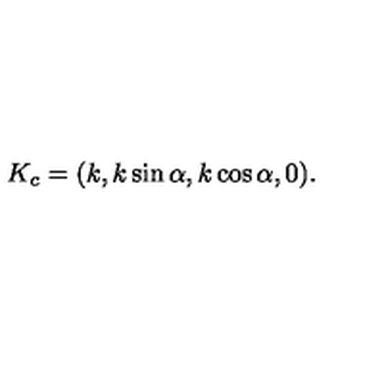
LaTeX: K _ { c } = ( k , k \sin \alpha , k \cos \alpha , 0 ) .